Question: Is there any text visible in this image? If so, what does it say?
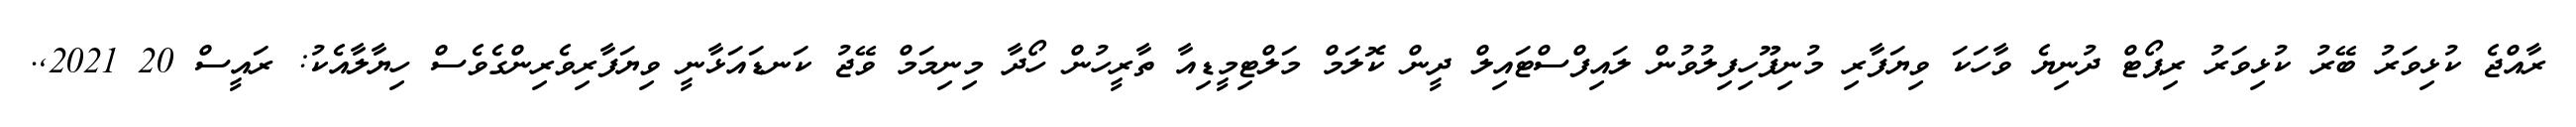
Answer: ރާއްޖެ ކުޅިވަރު ބޭރު ކުޅިވަރު ރިޕޯޓް ދުނިޔެ ވާހަކަ ވިޔަފާރި މުނިފޫހިފިލުވުން ލައިފްސްޓައިލް ދީން ކޮލަމް މަލްޓިމީޑިއާ ތާރީހުން ހޯދާ މިނިމަމް ވޭޖު ކަނޑައަޅާނީ ވިޔަފާރިވެރިންގެވެސް ހިޔާލާއެކު: ރައީސް 20 2021,.